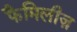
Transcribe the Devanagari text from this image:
फैमिलीज़